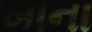
ખાના